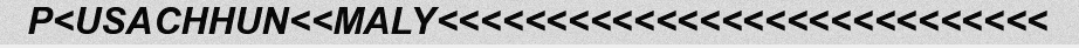
P<USACHHUN<<MALY<<<<<<<<<<<<<<<<<<<<<<<<<<<<